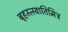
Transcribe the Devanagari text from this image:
बृहस्त्स्वातिमित्र